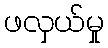
ဖလှယ်မှု